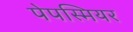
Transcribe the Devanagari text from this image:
पेपस्मियर